system: You are a helpful assistant.
user:
Analyze the provided spectrum to determine if it is a **"Cataclysmic Variables (CV)"**.

- **Key Indicators for CV (Check for either state):**
    - **State 1: Quiescent / Low-State (Emission-Dominated)**
        - **(Primary):** Strong and *very broad* Hydrogen Balmer emission lines (e.g., $H\alpha$ at 6563 Å, $H\beta$ at 4861 Å). The 'broadness' (high velocity dispersion, often FWHM > 1000 km/s) is the key diagnostic, indicating a high-velocity accretion disk.
        - **(Secondary):** Broad neutral Helium (He I) emission lines (e.g., 5876 Å, 6678 Å).
        - **(Key Confirmation):** Presence of high-excitation *ionized* Helium (He II) emission at 4686 Å. This is a strong indicator of accretion onto a white dwarf.
        - **(Line Profile):** Emission lines may exhibit a 'double-peaked' profile, which is a classic signature of a rotating accretion disk viewed at high inclination.

    - **State 2: Outburst / High-State (Absorption-Dominated)**
        - **(Primary):** Spectrum is dominated by a bright, blue continuum (looks like a hot star).
        - **(Secondary):** The emission lines from State 1 are weak, absent, or 'filled in', and are replaced by broad, shallow *absorption* lines (primarily Balmer and He I).
        - **(Morphology):** The overall spectrum mimics a hot B/A-type star. The crucial difference is that the absorption lines are significantly broader, shallower, and more 'washed-out' (or 'smeared') than the sharp lines of a normal stellar photosphere, due to high rotational speeds and pressure broadening in the disk.

Think first, call **spectral_visualization_tool** if needed to examine features in detail, then provide your final answer. Your response must adhere to the following strict rules:
1.  **Overall Structure:** Your response must follow the format `<think>...</think> <tool_call>...</tool_call> (if a tool is used) <answer>...</answer>`.
2.  **Tool Usage Constraint:** You may only make **one** tool call per turn.
3.  **Final Answer Format:** In the `<answer>` tag, your conclusion must be inside a `\boxed{}` command (e.g., `\boxed{YES}`), followed by your justification.

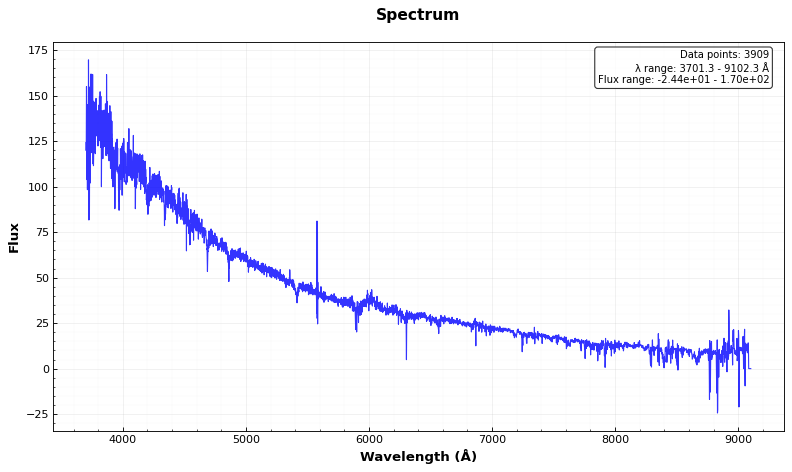
Answer: NO